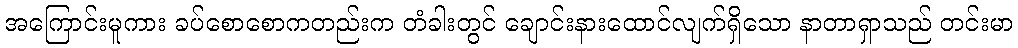
အကြောင်းမူကား ခပ်စောစောကတည်းက တံခါးတွင် ချောင်းနားထောင်လျက်ရှိသော နာတာရှာသည် တင်းမာ